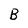
Character: B